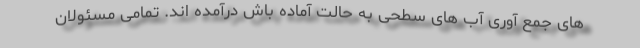
های جمع آوری آب های سطحی به حالت آماده باش درآمده اند. تمامی مسئولان